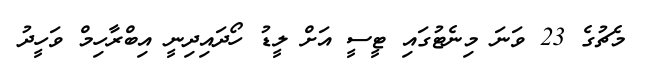
މެޗުގެ 23 ވަނަ މިނެޓުގައި ޓީސީ އަށް ލީޑު ހޯދައިދިނީ އިބްރާހިމް ވަހީދު